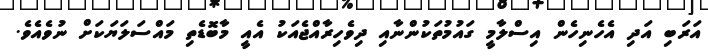
އަރަބި އަދި އެހެނިހެން އިސްލާމީ ގައުމުތަކުންނާއި ދިވެހިރާއްޖެއަކު އެއީ މާބޮޑެތި މައްސަލަޔަކަށް ނުވެއެވެ.